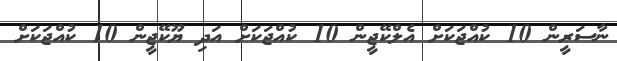
ނާސަރީން 10 ކުއްޖަކަށް އެލްކޭޖީން 10 ކުއްޖަކަށް އަދި ޔޫކޭޖީން 10 ކުއްޖަކަށް